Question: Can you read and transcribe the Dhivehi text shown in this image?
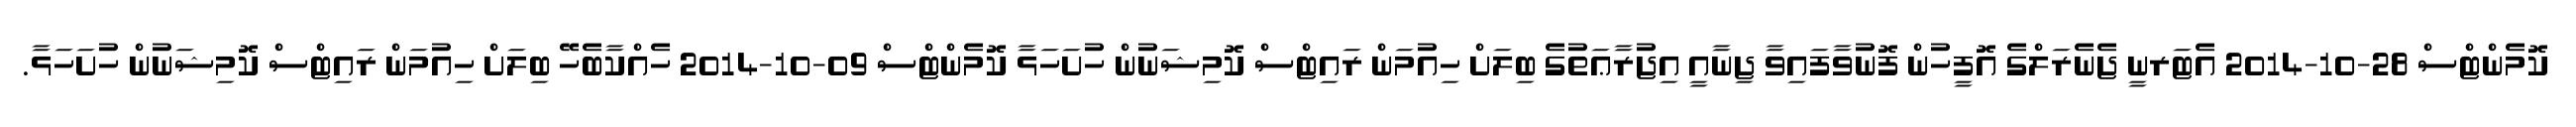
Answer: ކޮމެންޓްސް 28-10-2014 އެޓަރނީ ޖެނެރަލްގެ އޮފީހުން ފޮނުވާފައިވާ ޖިނާއީ އިޖުރާޢަތުގެ ބިލަށް ހިއުމަން ރައިޓްސް ކޮމިޝަނުން ހުށަހަޅާ ކޮމެންޓްސް 09-10-2014 ހެއްކާބެހޭ ބިލަށް ހިއުމަން ރައިޓްސް ކޮމިޝަނުން ހުށަހަޅާ.